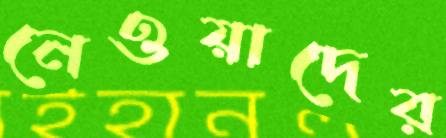
নেওয়াদের